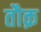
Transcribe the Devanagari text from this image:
तौक़